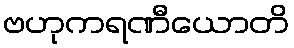
ဗဟုကရဏီယောတိ